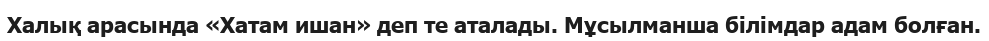
Халық арасында «Хатам ишан» деп те аталады. Мұсылманша білімдар адам болған.